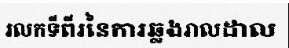
រលកទីពីរនៃការឆ្លងរាលដាល